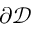
\partial \mathcal { D }